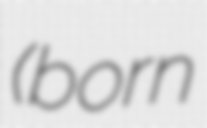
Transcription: (born